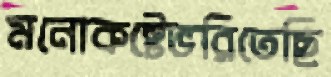
মনোকষ্টেভরিতেছি